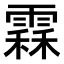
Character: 𩄞